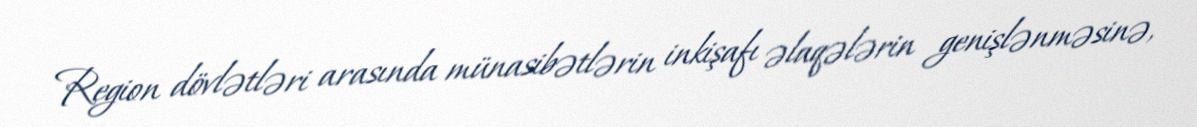
Region dövlətləri arasında münasibətlərin inkişafı əlaqələrin genişlənməsinə,